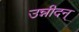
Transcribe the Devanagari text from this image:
उन्नीदन्